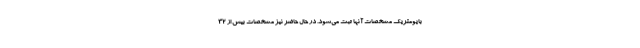
بایومتریک مشخصات آنها ثبت می‌شود. در حال حاضر نیز مشخصات بیش از ۳۲